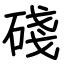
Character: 碊